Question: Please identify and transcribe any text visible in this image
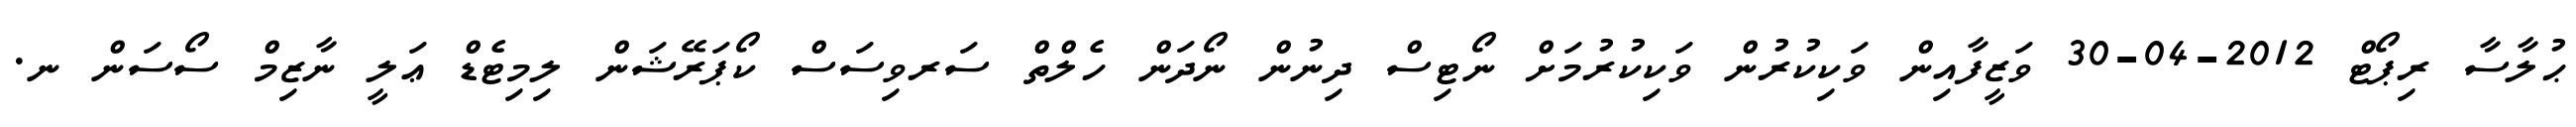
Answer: ޙުލާސާ ރިޕޯޓް 2012-04-30 ވަޒީފާއިން ވަކިކުރުން ވަކިކުރުމަށް ނޯޓިސް ދިނުން ނޯދަން ހެލްތް ސަރވިސަސް ކޯޕަރޭޝަން ލިމިޓެޑް ޢަލީ ނާޒިމް ސޯސަން ނ.